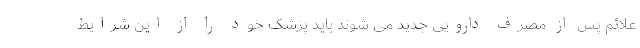
علائم پس از مصرف دارویی جدید می شوند باید پزشک خود را از این شرایط